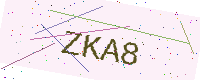
Text: ZKA8